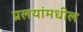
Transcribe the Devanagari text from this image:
प्रलयांमधील